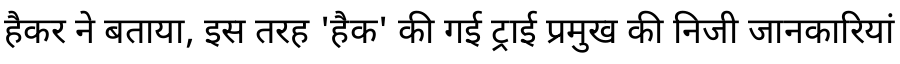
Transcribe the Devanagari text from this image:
हैकर ने बताया, इस तरह 'हैक' की गई ट्राई प्रमुख की निजी जानकारियां